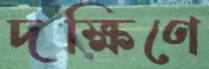
দক্ষিণে